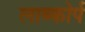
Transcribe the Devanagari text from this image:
लाब्कोर्प